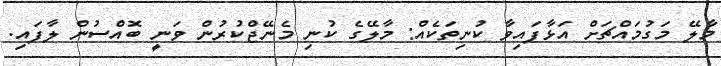
މާލޭ މަގުމައްޗަށް އަޅާފައިވާ ކުނިތަކެއް: މާލޭގެ ކުނި މެނޭޖްކުރުން ވަނީ ބޮއްސުން ލާފައި.